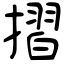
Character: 摺